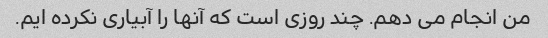
من انجام می دهم. چند روزی است که آنها را آبیاری نکرده ایم.